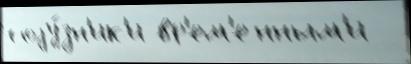
соjу́зн'ик'и вр'ем'енным'и